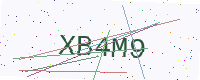
Text: XB4M9